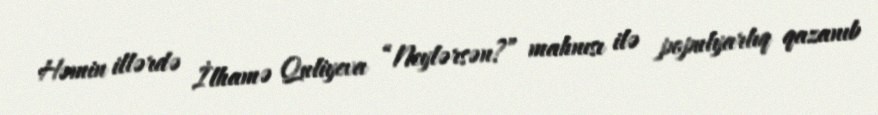
Həmin illərdə İlhamə Quliyeva “Neylərsən?” mahnısı ilə populyarlıq qazanıb